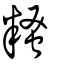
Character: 糔